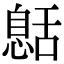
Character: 𦧰